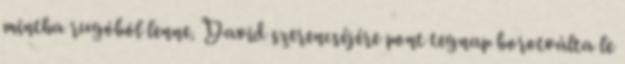
mintha rugóból lenne. David szerencséjére pont tegnap borotválta le